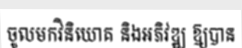
ចូលមកវិនិយោគ និងអភិវឌ្ឍ ឱ្យបាន